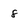
Character: 8